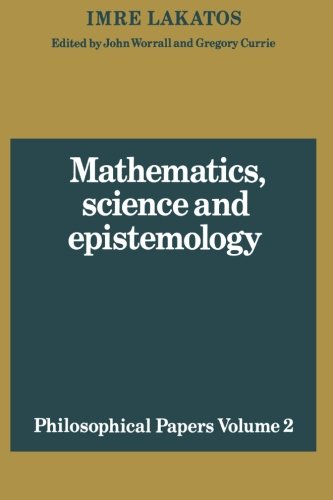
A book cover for Mathematics, Science and Epistemology: Volume 2, Philosophical Papers (Philosophical Papers (Cambridge)); Imre Lakatos; Science & Math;